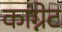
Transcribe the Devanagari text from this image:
काग्नेट